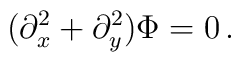
(\partial_x^2+\partial_y^2) \Phi =0\, .